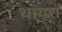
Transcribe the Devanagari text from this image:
थायरा